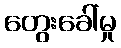
တွေးခေါ်မှု